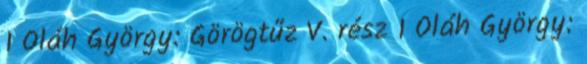
1 Oláh György: Görögtűz V. rész 1 Oláh György: